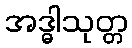
အဒ္ဓါသုတ္တ